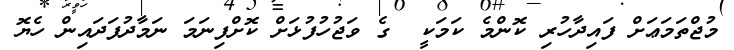
މުޖްތަމަޢަށް ފައިދާހުރި ކޮންމެ ކަމަކީ  ގެ ވަޖުހުފުޅަށް ކޮށްފިނަމަ ނަމާދުފަދައިން ހެޔޮ